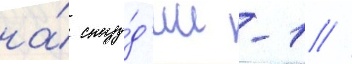
на́ сту́д'ии -1 //